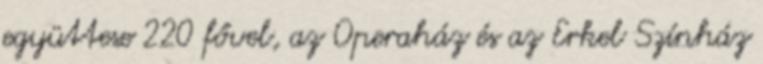
együttese 220 fővel, az Operaház és az Erkel Színház